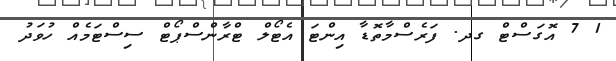
1 7 އޮގަސްޓް ގދ. ފަރެސްމާތޮޑާ އިންޓަ އެޓޯލް ޓްރާންސްޕޯޓް ސިސްޓަމެއް ހުވަދު